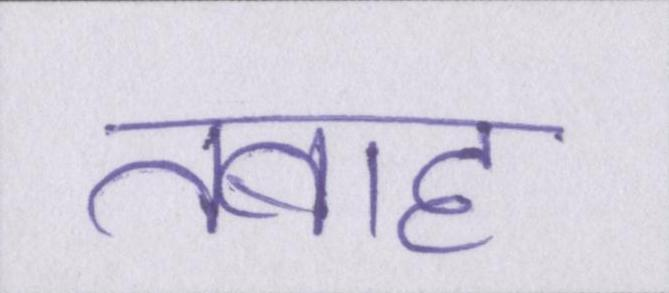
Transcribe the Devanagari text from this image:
तबाह